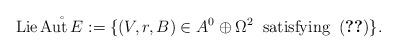
LaTeX: \begin{align*} \operatorname{Lie} \mathring{\operatorname{Aut} E} := \{(V,r,B) \in A^0 \oplus \Omega^2 \;\; \textrm{satisfying} \; \; \eqref{eq:complexconditionab}\}.\end{align*}